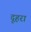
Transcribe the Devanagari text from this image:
दूहरा